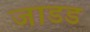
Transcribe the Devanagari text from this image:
जाडड